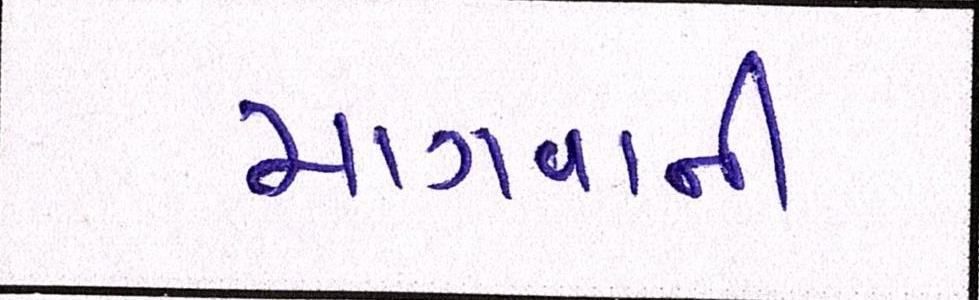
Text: માગવાની